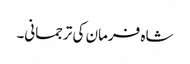
شاہ فرمان کی ترجمانی۔